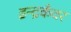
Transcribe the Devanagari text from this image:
इन्द्रकँवर